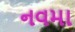
નવમા